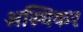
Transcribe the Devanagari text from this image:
अस्थिकर